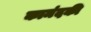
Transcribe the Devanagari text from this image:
कामंदकी